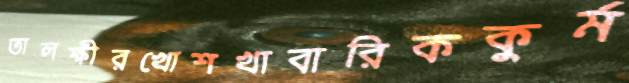
তালক্ষীরখোশখাবারিককুর্ম